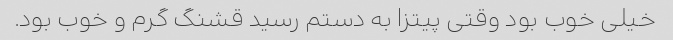
خیلی خوب بود وقتی پیتزا به دستم رسید قشنگ گرم و خوب بود.